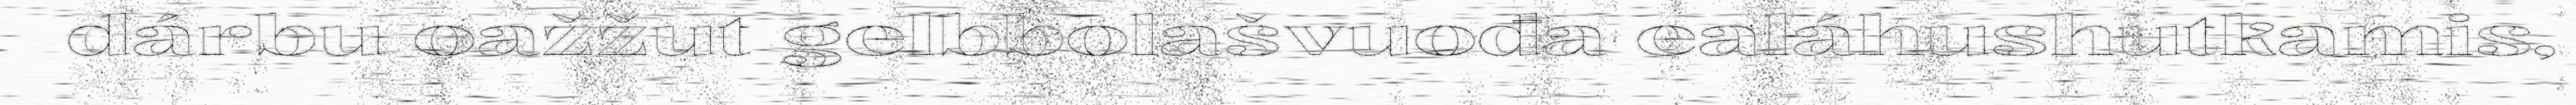
dárbu oažžut gelbbolašvuođa ealáhushutkamis,